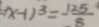
( x - 1 ) ^ { 3 } = - \frac { 1 2 5 } { 8 }